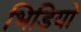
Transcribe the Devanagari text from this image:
भिडियो